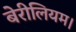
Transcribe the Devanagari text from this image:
बेरीलियम।